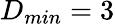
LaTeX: D_{min}=3